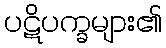
ပဋိပက္ခများ၏